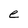
Character: e